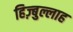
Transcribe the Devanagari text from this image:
हिज़्बुल्लाह